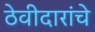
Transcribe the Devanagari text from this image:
ठेवीदारांचे